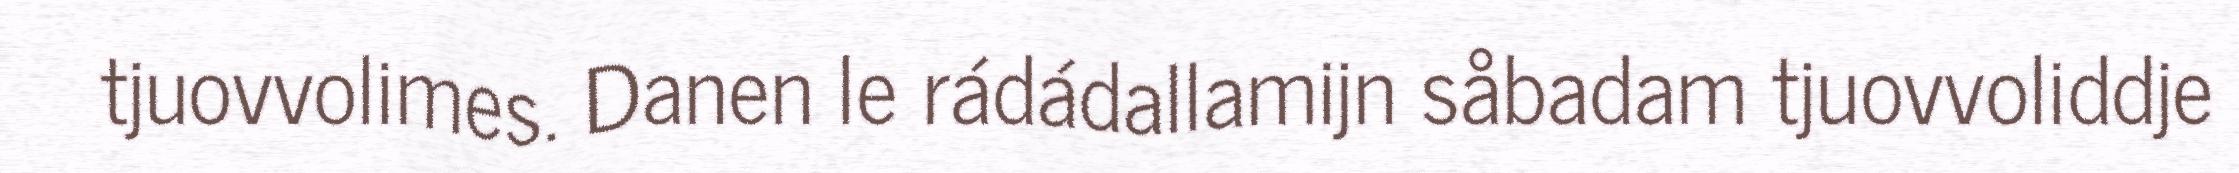
tjuovvolimes. Danen le rádádallamijn såbadam tjuovvoliddje